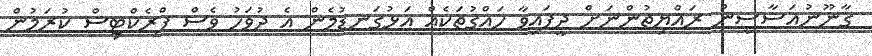
ގާނޫނުއަސާސީން ރައްޔިތުންނަށް ދީފައިވާ ހައްގުތަކެއް އަޅުގަނޑުމެން އެ ދުވަހު ވެސް ޕްރެކްޓިސް ކުރަމުން